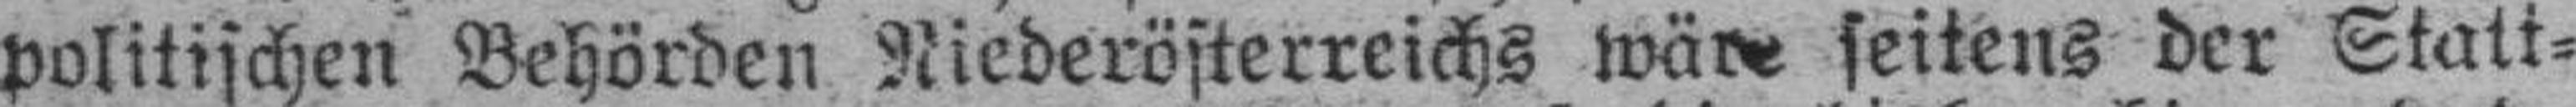
politischen Behörden Niederösterreichs wäre seitens der Statt¬